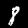
Label: 8